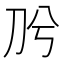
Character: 𭃈